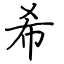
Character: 希